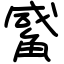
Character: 觱